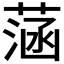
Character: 𦶷